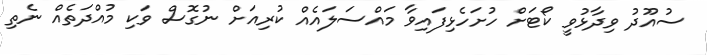
ސުއޫދު ވިދާޅުވީ ކޯޓަށް ހުށަހެޅިފައިވާ މައްސަލައެއް ކުރިއަށް ނުގޮސް ވަކި މުއްދަތެއް ނެތި